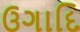
ઉગાદિ